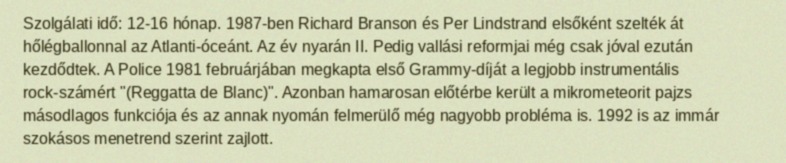
Szolgálati idő: 12-16 hónap. 1987-ben Richard Branson és Per Lindstrand elsőként szelték át hőlégballonnal az Atlanti-óceánt. Az év nyarán II. Pedig vallási reformjai még csak jóval ezután kezdődtek. A Police 1981 februárjában megkapta első Grammy-díját a legjobb instrumentális rock-számért "(Reggatta de Blanc)". Azonban hamarosan előtérbe került a mikrometeorit pajzs másodlagos funkciója és az annak nyomán felmerülő még nagyobb probléma is. 1992 is az immár szokásos menetrend szerint zajlott.